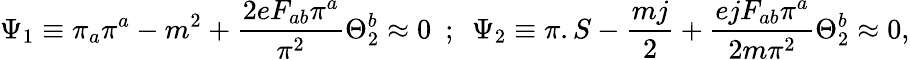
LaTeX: \Psi_{1}\equiv\pi_{a}\pi^{a}-m^{2}+{\frac{2eF_{ab}\pi^{a}}{\pi^{2}}}\Theta_{2}^{b}\approx 0~~;~~\Psi_{2}\equiv\pi.S-{\frac{mj}{2}}+{\frac{ejF_{ab}\pi^{a}}{2m\pi^{2}}}\Theta_{2}^{b}\approx 0,